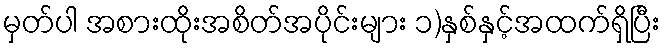
မှတ်ပါ အစားထိုးအစိတ်အပိုင်းများ ၁)နှစ်နှင့်အထက်ရှိပြီး